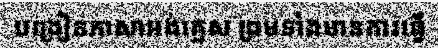
បង្រៀនភាសាអង់គ្លេស ព្រមទាំងមានការធ្វើ